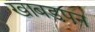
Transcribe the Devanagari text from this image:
खाबड़पन